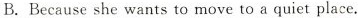
B.Because she wants to move to a quiet place.